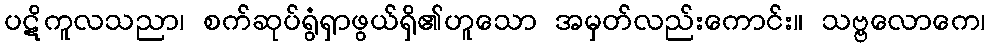
ပဋိကူလသညာ၊ စက်ဆုပ်ရွံရှာဖွယ်ရှိ၏ဟူသော အမှတ်လည်းကောင်း။ သဗ္ဗလောကေ၊